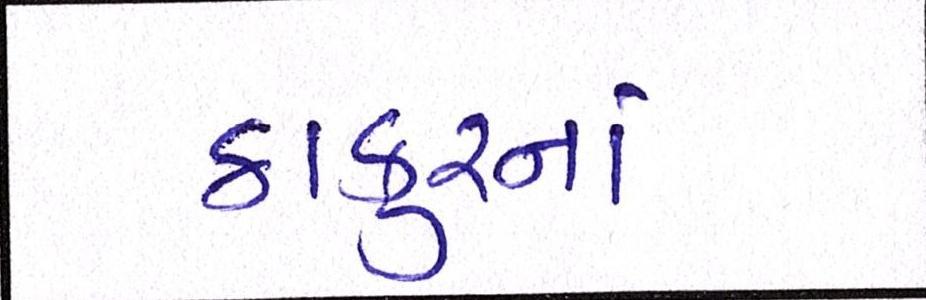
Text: ઠાકુરનાં